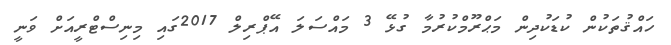
ހައްޤުތަކުން ކުޑަކުދިން މަޙްރޫމްކުރުމާ ގުޅޭ 3 މައްސަލަ އޭޕްރިލް 2017ގައި މިނިސްޓްރީއަށް ވަނީ